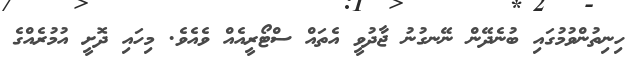
ހިނިތުންވުމުގައި ބުނެދޭން ނޭނގުނު ޖާދުވީ އެތައް ސްޓޯރީއެއް ވެއެވެ. މިހައި ދޮށީ އުމުރެއްގެ